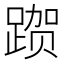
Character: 𰸦